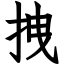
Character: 拽